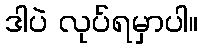
ဒါပဲ လုပ်ရမှာပါ။